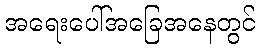
အရေးပေါ်အခြေအနေတွင်